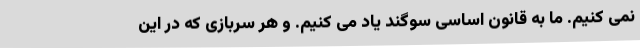
نمی کنیم. ما به قانون اساسی سوگند یاد می کنیم. و هر سربازی که در این